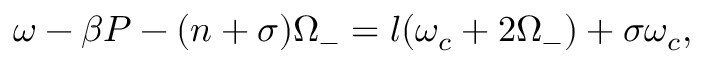
\omega - \beta P - ( n + \sigma ) \Omega _ { - } = l ( \omega _ { c } + 2 \Omega _ { - } ) + \sigma \omega _ { c } ,